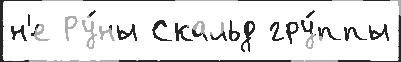
н'е Ру́ны Скальд гру́ппы